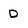
Character: D